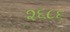
૨૬૮૬